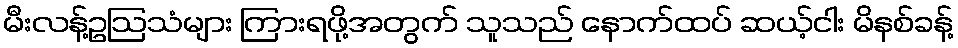
မီးလန့်ဥဩသံများ ကြားရဖို့အတွက် သူသည် နောက်ထပ် ဆယ့်ငါး မိနစ်ခန့်